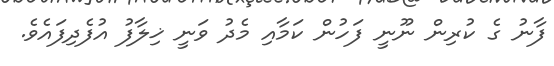
ފާނު ގެ ކުރިން ނޫނީ ފަހުން ކަމާއި މެދު ވަނީ ޚިލާފު އުފެދިފައެވެ.